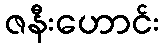
ဇနီးဟောင်း